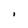
Character: I